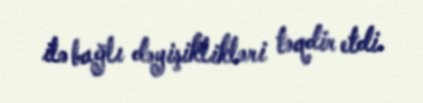
ilə bağlı dəyişiklikləri təqdir etdi.